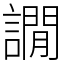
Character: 譋